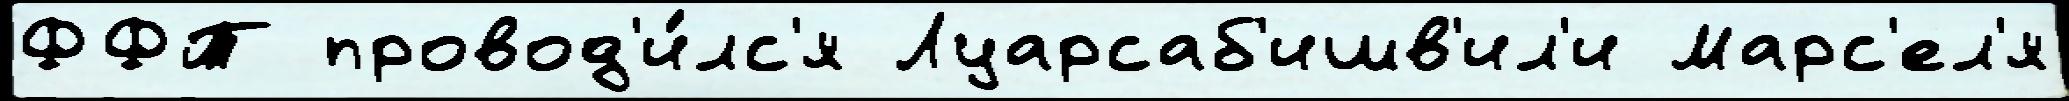
ФФТ провод'и́лс'я Луарсаб'ишв'ил'и Марс'ел'я